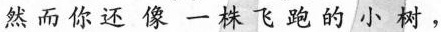
然而你还像一株飞跑的小树，